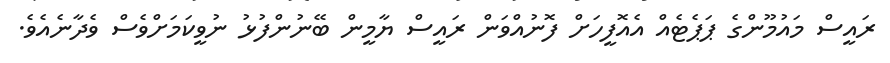
ރައީސް މައުމޫންގެ ޕަޕެޓެއް އެއޮފީހަށް ފޮނުއްވަން ރައީސް ޔާމީން ބޭނުންފުޅު ނުވީކަމަށްވެސް ވެދާނެއެވެ.